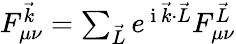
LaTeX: \begin{array}{r}{F_{\mu\nu}^{\vec{k}}=\sum_{\vec{L}}e^{\mathrm{~i~}\vec{k}\cdot\vec{L}}F_{\mu\nu}^{\vec{L}}}\end{array}